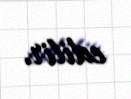
edilir.